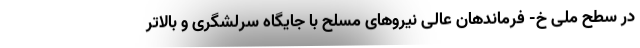
در سطح ملی خ- فرماندهان عالی نیروهای مسلح با جایگاه سرلشگری و بالاتر